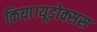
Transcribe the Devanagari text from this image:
किया।यूडोक्‍सस